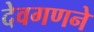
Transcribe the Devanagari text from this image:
देवगणने